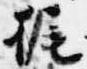
梶